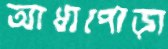
আধাপোড়া